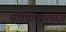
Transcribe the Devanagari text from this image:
संविधानशास्त्रज्ञ